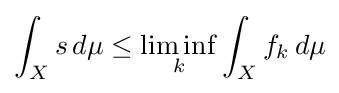
\int _{X}s\,d\mu \leq \liminf _{k}\int _{X}f_{k}\,d\mu